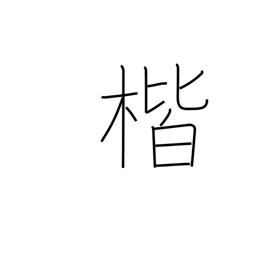
Meaning: correctness